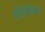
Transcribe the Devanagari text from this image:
प्रतिनिधिभूत